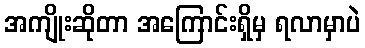
အကျိုးဆိုတာ အကြောင်းရှိမှ ရလာမှာပဲ